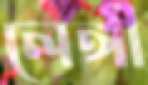
লেঙ্গী